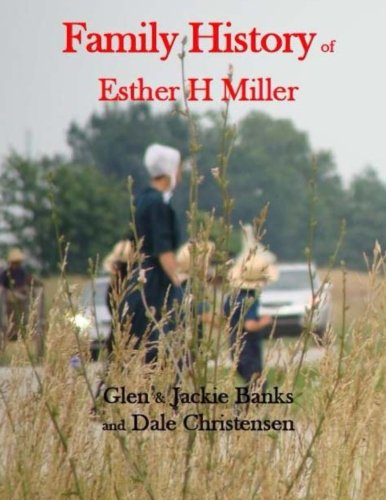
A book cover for Family History of Esther H Miller; Dale Christensen; Parenting & Relationships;